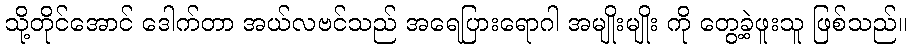
သို့တိုင်အောင် ဒေါက်တာ အယ်လဗင်သည် အရေပြားရောဂါ အမျိုးမျိုး ကို တွေ့ခဲ့ဖူးသူ ဖြစ်သည်။